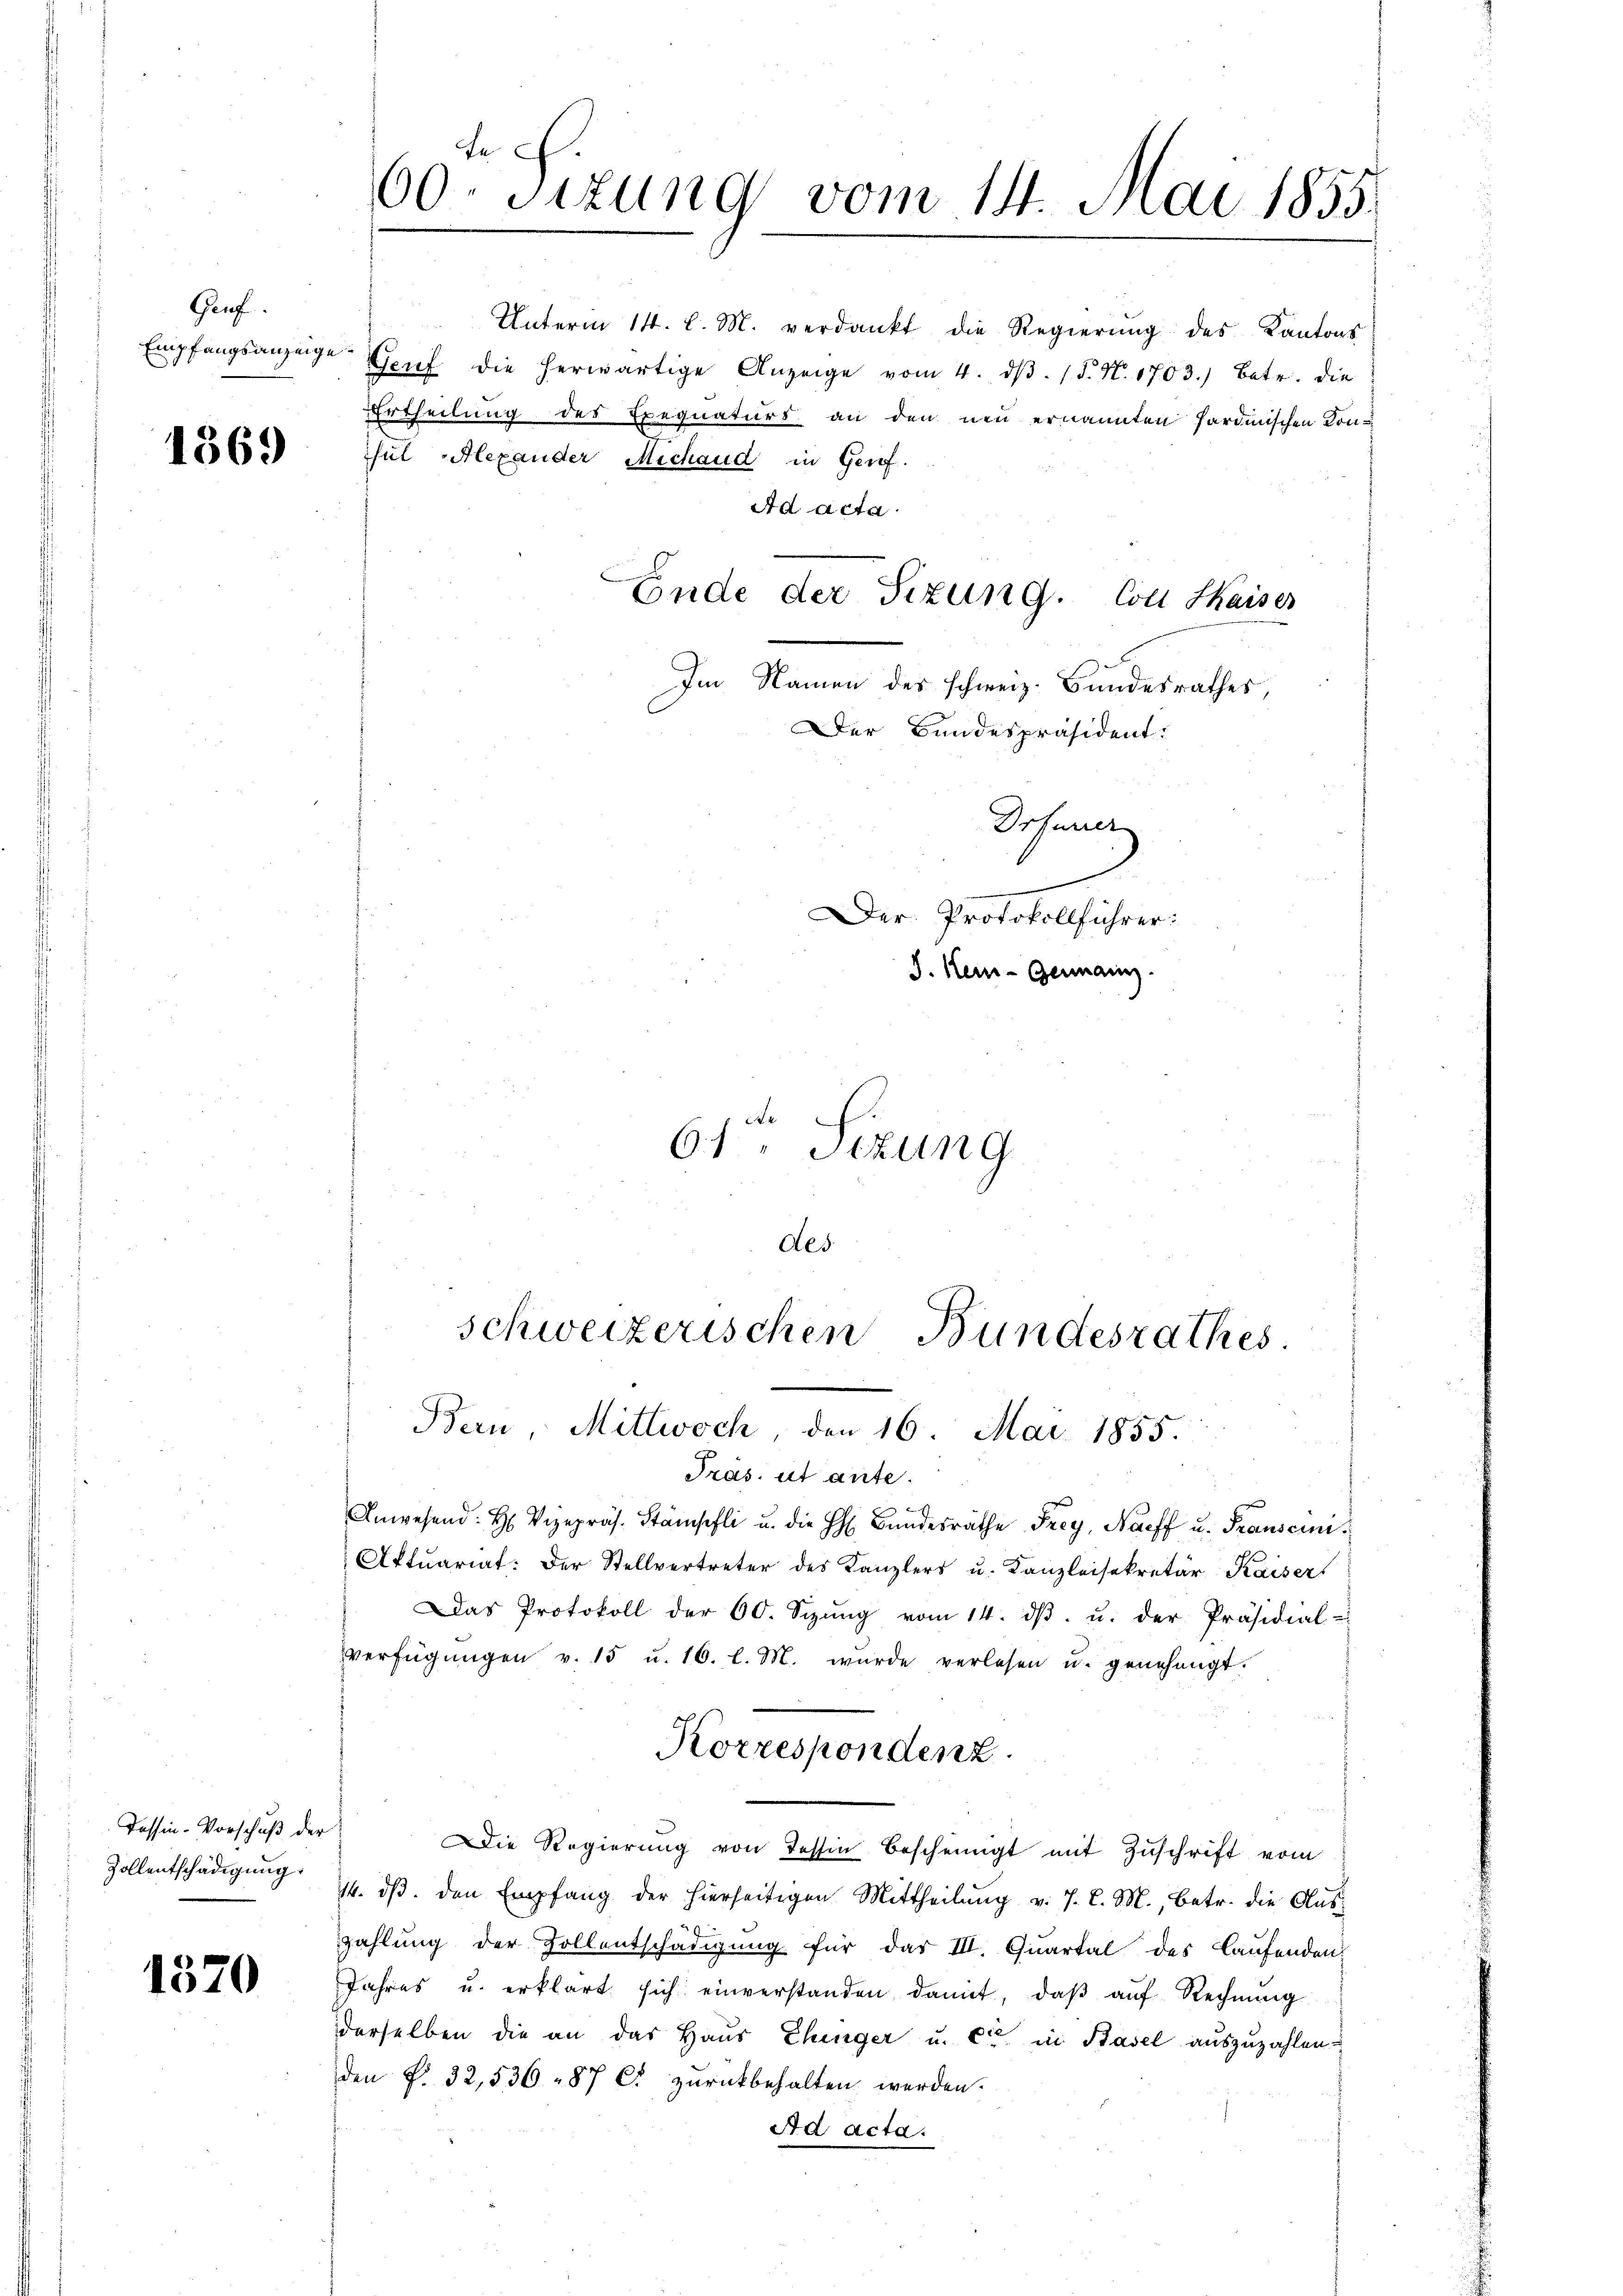
Gruf
Empfangsanzeige

1569

Tessin-Vorschuß der
Zollentschädigung.

1570

60. Sizung vom 14. Mai 1855.

ful Alexander Mechand in Gerof.
Ad acta.
Ende der Sizung. Coll Kaiser

Unterm 14. d. M. verdankt die Regierŭng des Kantons
Genf die herwärtige Anzeige vom 4. dβ. P. N. 1703.) Betr. die
Ertheilung des Exequaturs an den neu ernannten Hardmischen Kon¬

Drfener
Der Protokollführer:
S. Kern- Germann.
61ten Sizung

Im Namen des schweiz. Bundesrathes,
Der Bundespräsident.

des
schweizerischen Bundesrathes.
Bern, Mittwoch, den 16. Mai 1855.

Pras. ut ante.
Anwesend: H. Vizepräs. Stämpfli u. die h. Bŭndesräthe Frey, Harff u. Franscun¬
Aktuariat: Der Stellvertreter des Kanzlers u. Kanzleisekretär Kaiser
Das Protokoll der 60. Sizŭng vom 14. dβ. u. der Präsidial-
verfügŭngen v. 15 u. 16. l. M. wurde verlesen u. genehmigt.
Die Regierung von Tessin bescheinigt mit Zuschrift vom
14. dβ. den Empfang der hierseitigen Mittheilŭng v. 7. d. M., betr. die Aŭs-
zahlung der Zollentschädigung für das III. Quartal des Laufenden-
Jahres u. erklärt sich einverstanden damit, daß auf Rechnung
derselben die an das Haus Ehinger u. Ct. in Basel auszuzahlen.
den §. 32,536 - 87 C. zurückbehalten werden.
Ad acta.

Korrespondenz